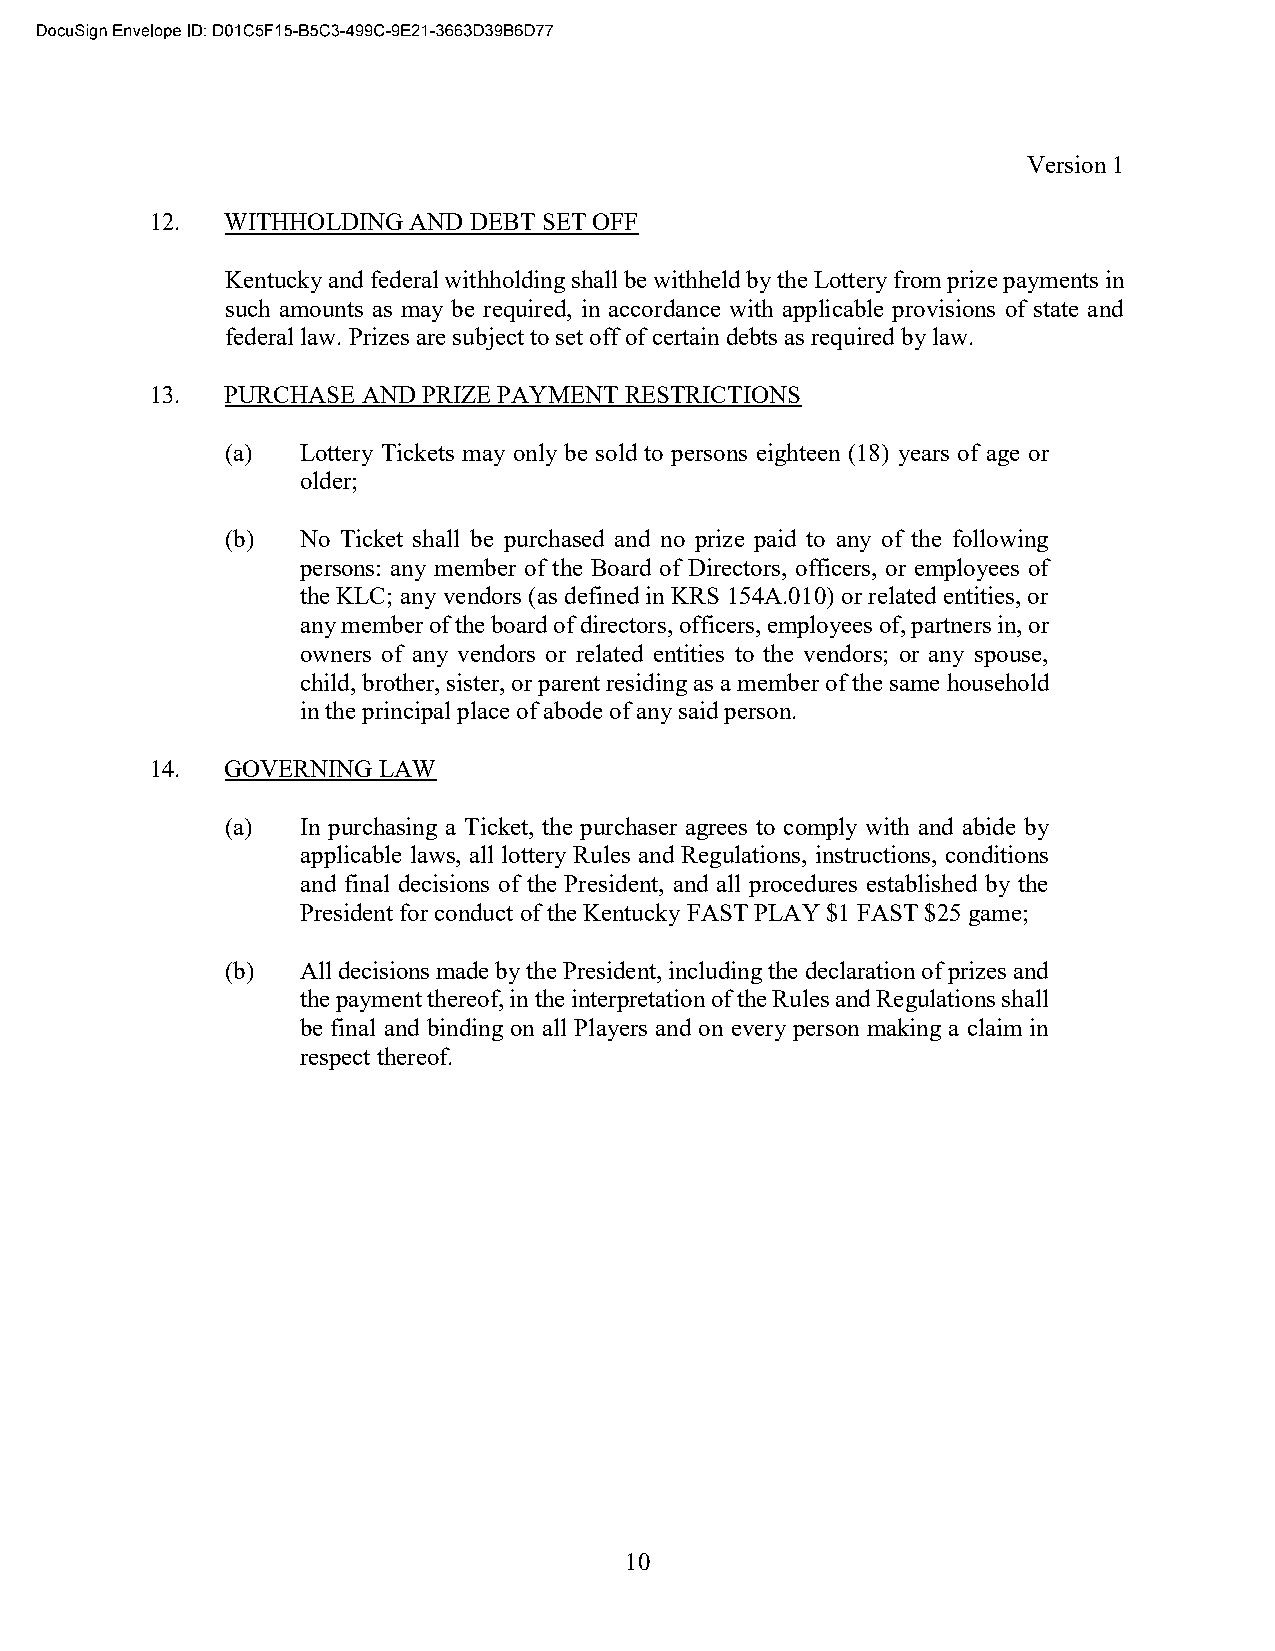
Version 1
 12.  WITHHOLDING AND DEBT SET OFF
 Kentucky and federal withholding shall be withheld by the Lottery from prize payments in
 such amounts as may be required, in accordance with applicable provisions of state and
 federal law. Prizes are subject to set off of certain debts as required by law.
 13.  PURCHASE AND PRIZE PAYMENT RESTRICTIONS
 (a)  Lottery Tickets may only be sold to persons eighteen (18) years of age or
 older;
 (b)  No Ticket shall be purchased and no prize paid to any of the following
 persons: any member of the Board of Directors, officers, or employees of
 the KLC; any vendors (as defined in KRS 154A.010) or related entities, or
 any member of the board of directors, officers, employees of, partners in, or
 owners of any vendors or related entities to the vendors; or any spouse,
 child, brother, sister, or parent residing as a member of the same household
 in the principal place of abode of any said person.
 14.  GOVERNING LAW
 (a)  In purchasing a Ticket, the purchaser agrees to comply with and abide by
 applicable laws, all lottery Rules and Regulations, instructions, conditions
 and final decisions of the President, and all procedures established by the
 President for conduct of the Kentucky FAST PLAY $1 FAST $25 game;
 (b)  All decisions made by the President, including the declaration of prizes and
 the payment thereof, in the interpretation of the Rules and Regulations shall
 be final and binding on all Players and on every person making a claim in
 respect thereof.
 10